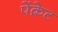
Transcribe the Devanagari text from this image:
पेंक्रेट